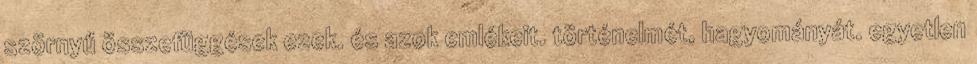
szörnyű összefüggések ezek. és azok emlékeit. történelmét, hagyományát. egyetlen